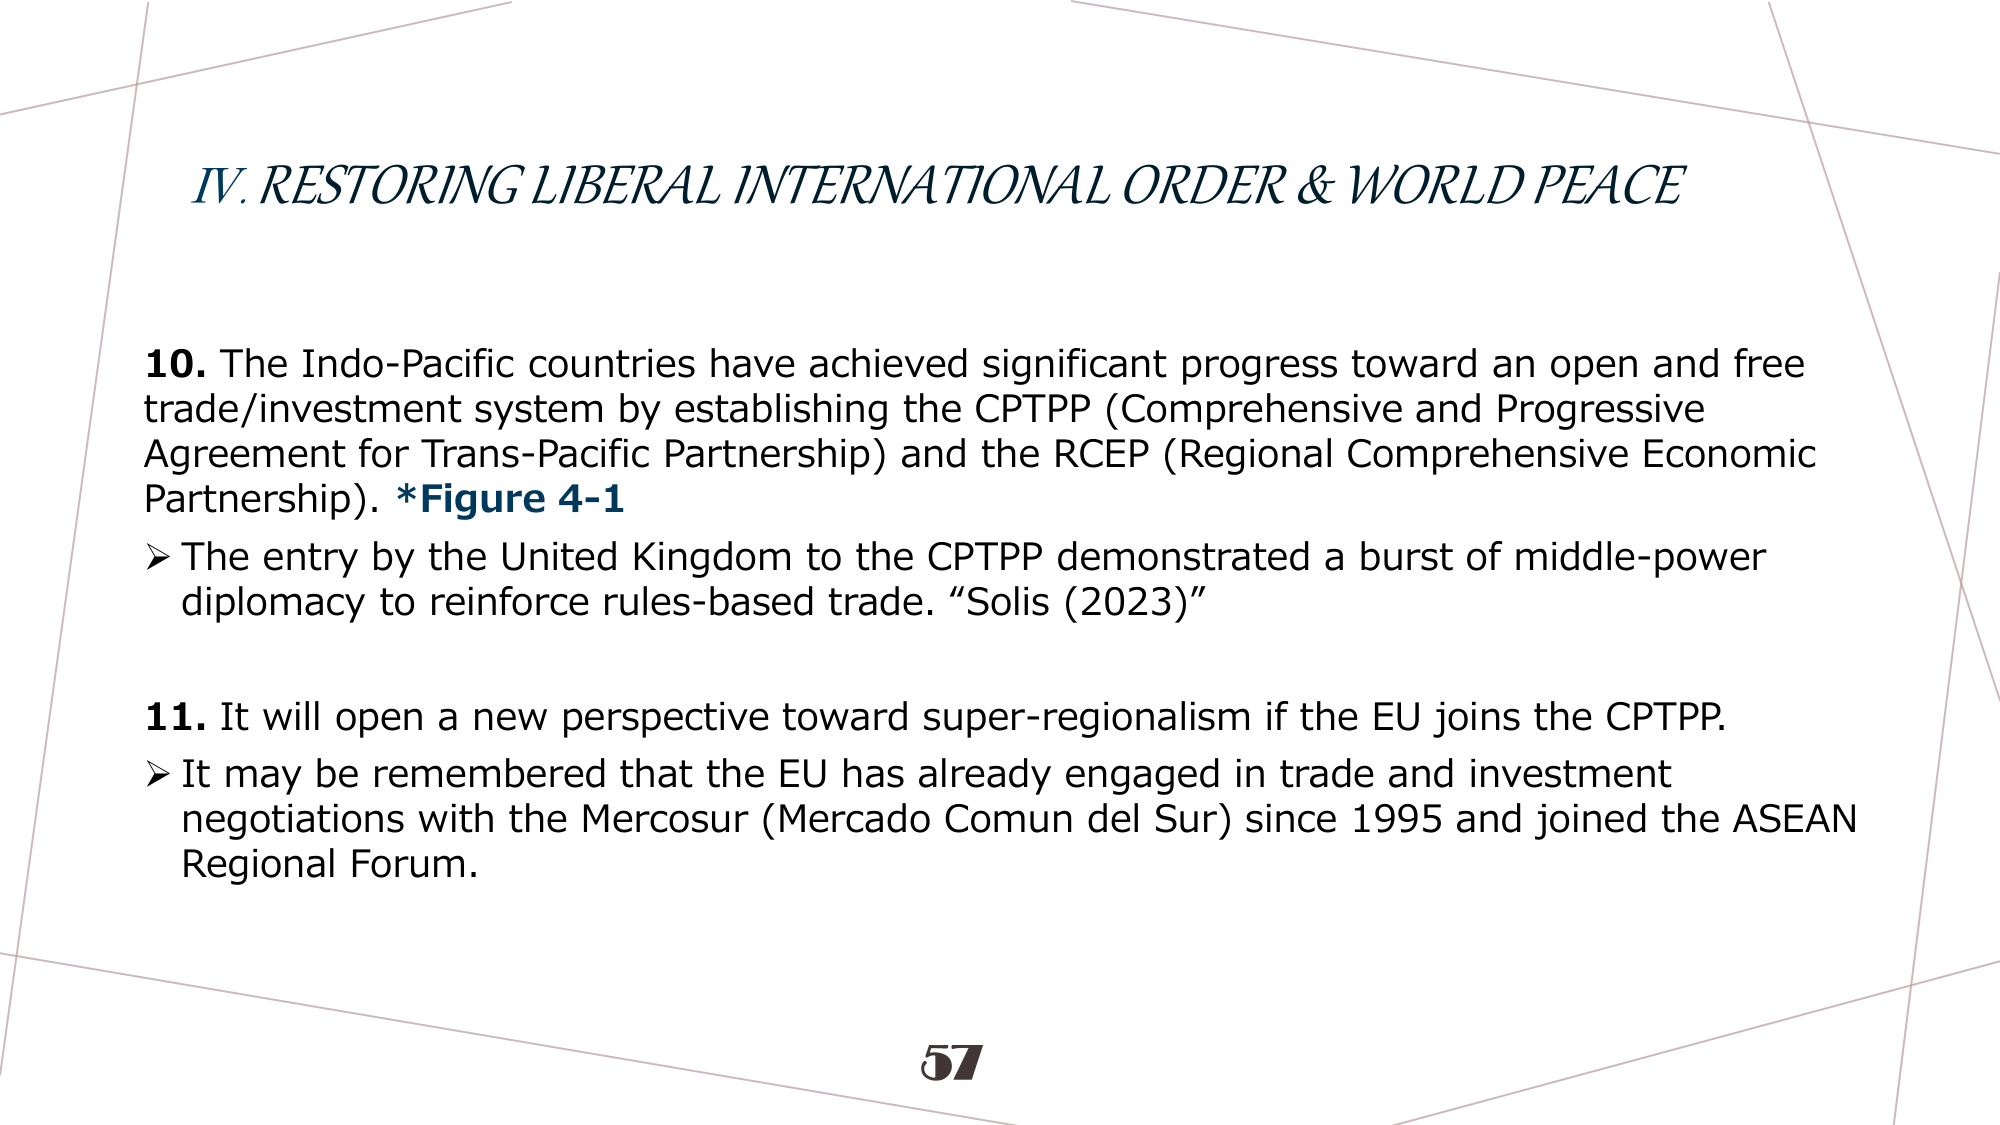
IV. RESTORING LIBERAL INTERNATIONAL ORDER & WORLD PEACE

10. The Indo-Pacific countries have achieved significant progress toward an open and free trade/investment system by establishing the CPTPP (Comprehensive and Progressive Agreement for Trans-Pacific Partnership) and the RCEP (Regional Comprehensive Economic Partnership). *Figure 4-1
➤ The entry by the United Kingdom to the CPTPP demonstrated a burst of middle-power diplomacy to reinforce rules-based trade. “Solis (2023)”

11. It will open a new perspective toward super-regionalism if the EU joins the CPTPP.
➤ It may be remembered that the EU has already engaged in trade and investment negotiations with the Mercosur (Mercado Comun del Sur) since 1995 and joined the ASEAN Regional Forum.

57